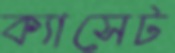
ক্যাসেট